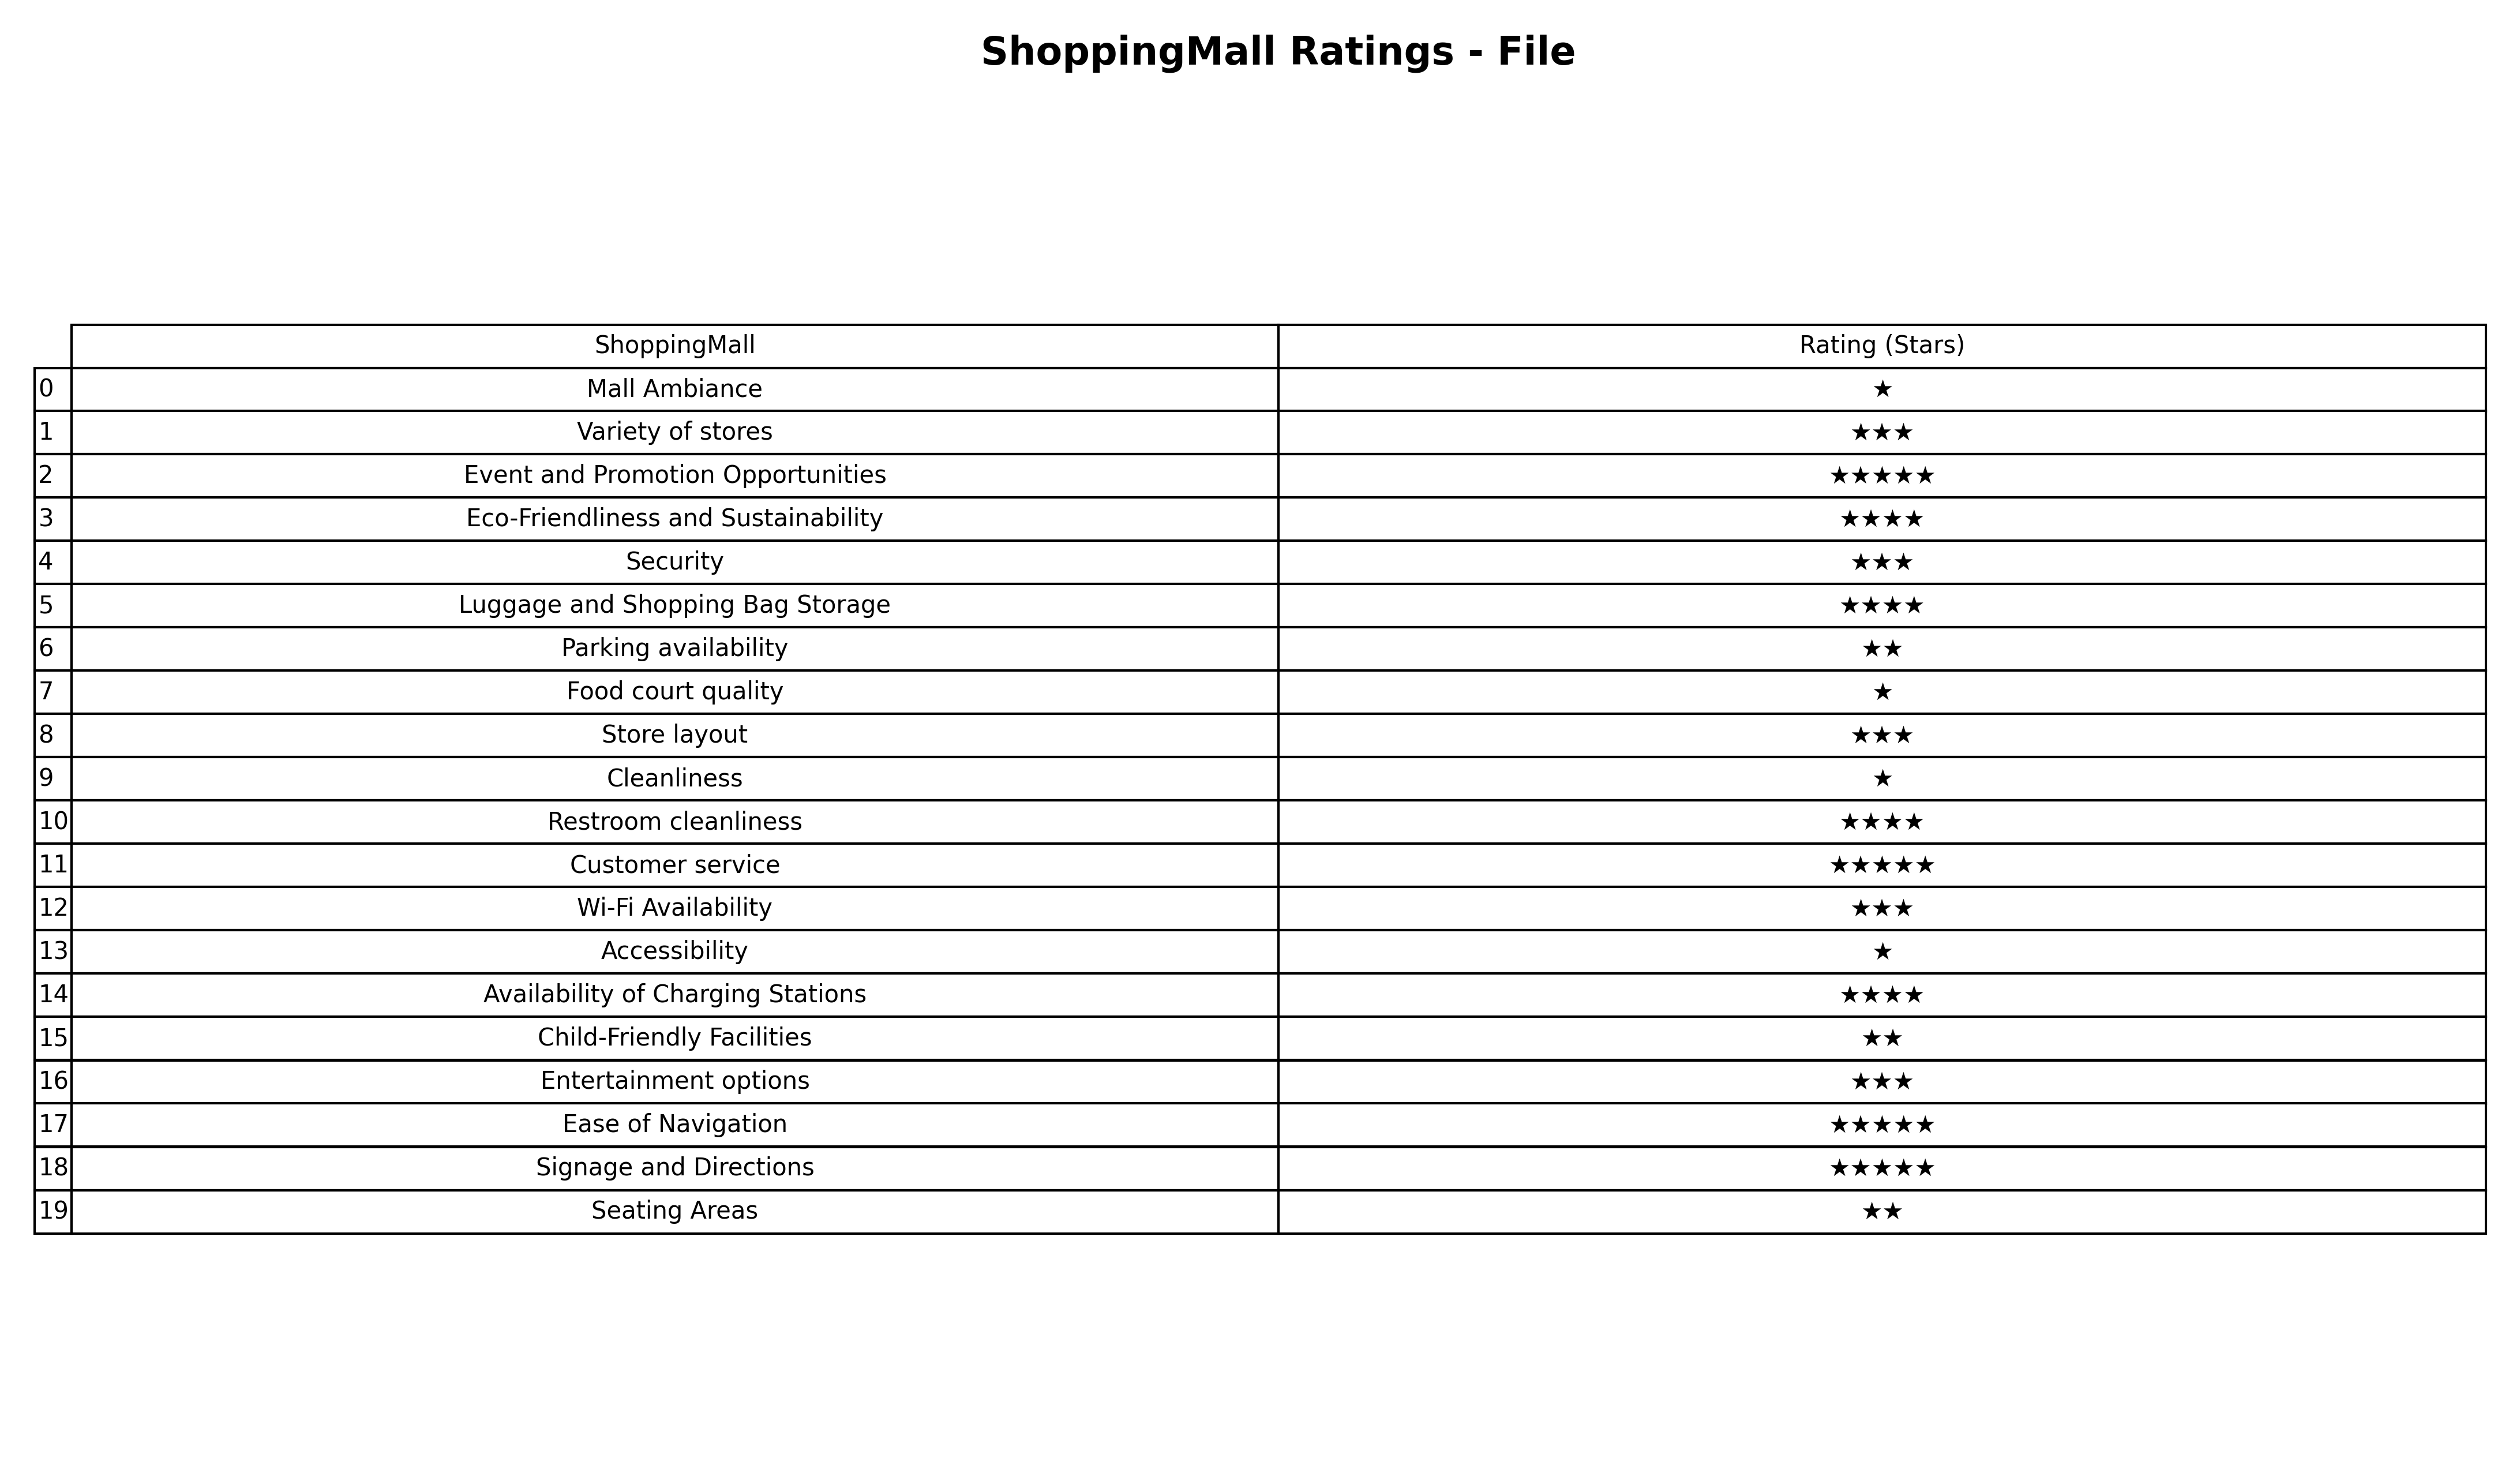
question: What are lowest rating services?
answer: Parking availabilityChild-Friendly FacilitiesSeating Areas